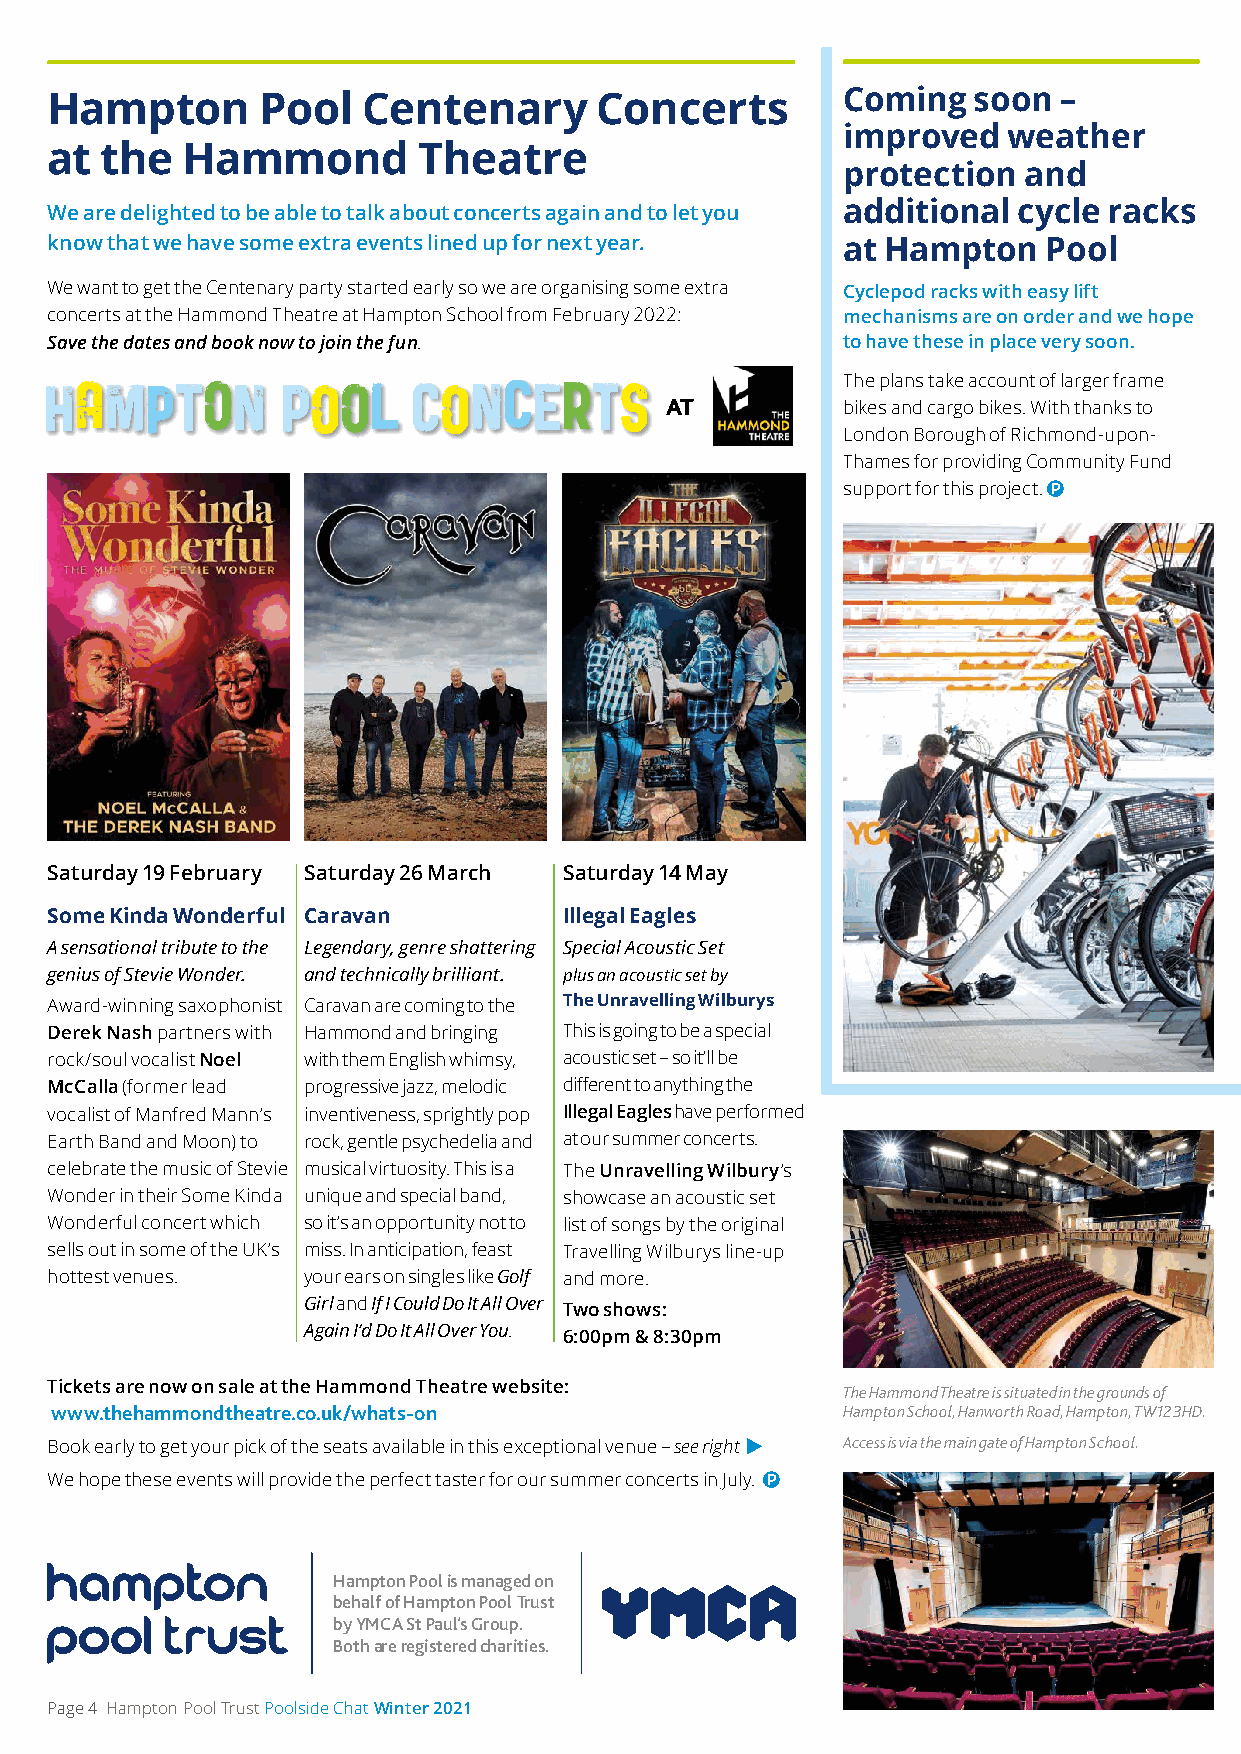
Hampton       Pool   Centenary      Concerts         Coming  soon  –
 improved   weather
 at  the  Hammond         Theatre
 protection  and
 We are delighted to be able to talk about concerts again and to let you additional cycle racks
 know that we have some extra events lined up for next year. at Hampton Pool
 We want to get the Centenary party started early so we are organising some extra Cyclepod racks with easy lift
 concerts at the Hammond Theatre at Hampton School from February 2022: mechanisms are on order and we hope
 Save the dates and book now to join the fun.         to have these in place very soon.
 The plans take account of larger frame
 AT          bikes and cargo bikes. With thanks to
 London Borough of Richmond-upon-
 Thames for providing Community Fund
 support for this project. p
 Saturday 19 February Saturday 26 March Saturday 14 May
 Some Kinda Wonderful Caravan      Illegal Eagles
 A sensational tribute to the Legendary, genre shattering Special Acoustic Set
 genius of Stevie Wonder. and technically brilliant. plus an acoustic set by
 Award-winning saxophonist Caravan are coming to the The Unravelling Wilburys
 Derek Nash partners with Hammond and bringing This is going to be a special
 rock/soul vocalist Noel with them English whimsy, acoustic set – so it’ll be
 McCalla (former lead progressive jazz, melodic different to anything the
 vocalist of Manfred Mann’s inventiveness, sprightly pop Illegal Eagles have performed
 Earth Band and Moon) to rock, gentle psychedelia and at our summer concerts.
 celebrate the music of Stevie musical virtuosity. This is a The Unravelling Wilbury’s
 Wonder in their Some Kinda unique and special band, showcase an acoustic set
 Wonderful concert which so it’s an opportunity not to list of songs by the original
 sells out in some of the UK’s miss. In anticipation, feast Travelling Wilburys line-up
 hottest venues.  your ears on singles like Golf and more.
 Girl and If I Could Do It All Over
 Two shows:
 Again I’d Do It All Over You.
 6:00pm & 8:30pm
 Tickets are now on sale at the Hammond Theatre website:
 The Hammond Theatre is situated in the grounds of
 www.thehammondtheatre.co.uk/whats-on                 Hampton School, Hanworth Road, Hampton, TW12 3HD.
 Book early to get your pick of the seats available in this exceptional venue – see right  Access is via the main gate of Hampton School.
 We hope these events will provide the perfect taster for our summer concerts in July. p
 Hampton Pool is managed on
 behalf of Hampton Pool Trust
 by YMCA St Paul’s Group.
 Both are registered charities.
 Page 4 Hampton Pool Trust Poolside Chat Winter 2021